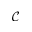
\mathcal C